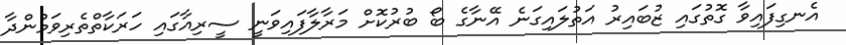
އެނގިފައިވާ ގޮތުގައި ޒުބައިރު އަތުލައިގަނެ އޭނާގެ ބޯ ބުރުކޮށް މަރާލާފައިވަނީ ސީރިއާގައި ހަރަކާތްތެރިވަމުންދާ